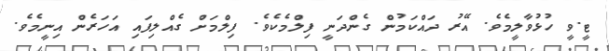
ޓީ.ވީ ހުޅުވާލީމެވެ. އޭރު ދައްކަމުން ގެންދަނީ ފިލްމެކެވެ. ފިލްމަށް ގެއްލިފައި އަހަރެން އިނީމެވެ.